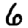
Digit: 6